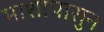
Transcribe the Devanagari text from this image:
माशापासुन